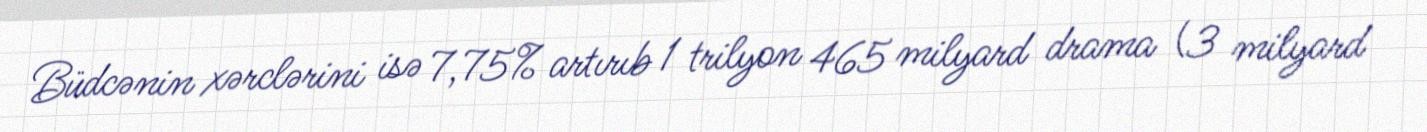
Büdcənin xərclərini isə 7,75% artırıb 1 trilyon 465 milyard drama (3 milyard